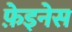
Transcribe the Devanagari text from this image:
फ़ेइनेस